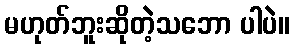
မဟုတ်ဘူးဆိုတဲ့သဘော ပါပဲ။